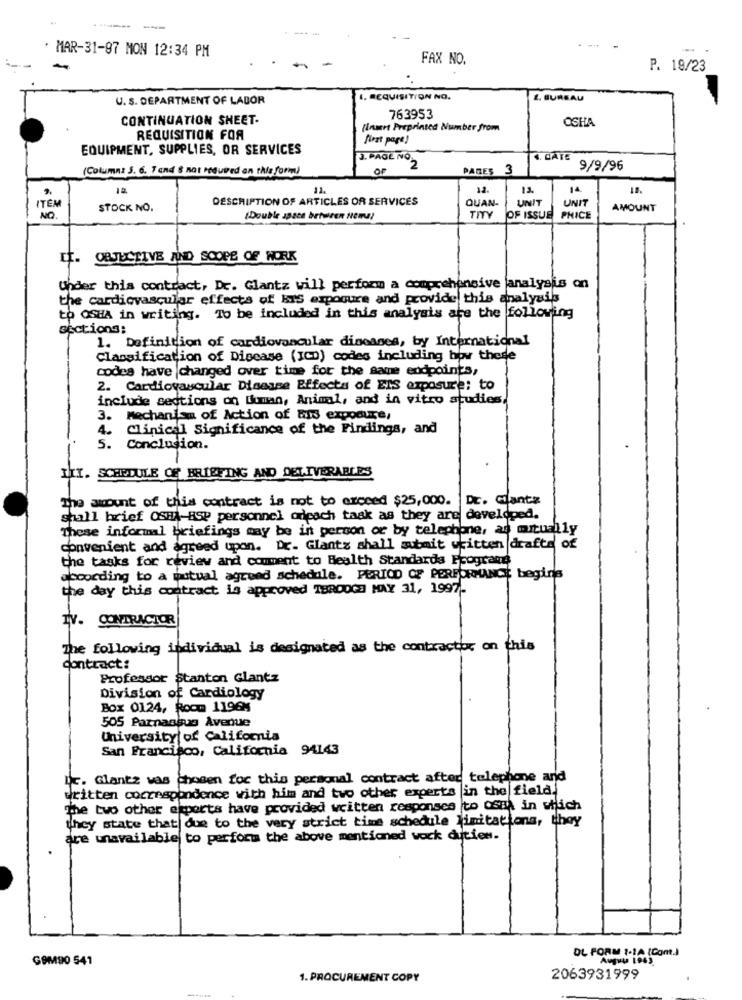
---- -
. MAR-31-97 MON 12:34 PM
-
FAX NO.
P. 19/23
U. S. DEPARTMENT OF LABOR
1. REQUISITION NO.
2. BUREAU
CONTINUATION SHEET-
763953
OSHA
(Insert Preprinted Number from
REQUISITION FOR
first page!
EQUIPMENT, SUPPLIES, OR SERVICES
3. PAGE NO
4. CATE
(Columns 3. 6. 7 and S not required an this form)
OF
"2
PAGES
3
9/9/96
11.
12.
14
DESCRIPTION OF ARTICLES OR SERVICES
QUAN-
UNIT
UNIT
ITEM
STOCK NO.
AMOUNT
NO.
(Double space between Nem?
TITY
OF ISSUE
PHICE
LE. OBJECTIVE AND SCOPE OF WORK
Under this contract, Dr. Glantz will perform a comprehensive analysis on
the cardiovascular effects of HIS exposure and provide this analyail
to osHA in writing. To be included in this analysis are the following
sections:
1. Definition of cardiovascular diseases, by International
Classification of Disease (ICD) codes including how these
codes have changed over time for the same endpoints,
2. Cardiovascular Disease Effects of EIS exposure: to
include sections on duman, Animal, and in vitro studies,
3. mechanism of Action of ais exposure,
4.
Clinical Significance of the Findings, and
5.
Conclusion.
III. SCHEDULE OF' BRIEFING AND DELIVERABLES
The amount of this contract is not to exceed $25,000. Dr. Giants
shall brief OSHA-ESP personnel oripach taak as they are developed.
These informal briefings may be in person or by telephone, as mutually
convenient and agreed upon. Dr. Glantz shall submit written drafts of
the tasks for review and comment to Bealth Standards Programs
according to a potual agreed schedule. PERIOD OF PERFORMANCE begins
the day this contract is approved THROUGH MAY 31, 1997-
TV. CONTRACTOR
The following individual is designated as the contractor on this
contract:
Professor Stanton Glantz
Division of Cardiology
Box 0124, Room 1196%
505 Parnassus Avenue
University of California
San Francisco, California 94143
Dr. Glantz was chosen for this personal contract after telephone and
written correspondence with him and two other experts in the field.
The two other exports have provided written responses to ossa in which
they state that due to the very strict time schedule limitations, they
are unavailable to perform the above mentioned wock duties.
GOM90 541
DE FORM 1.10 (Com.)
1. PROCUREMENT COPY
2063931999